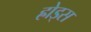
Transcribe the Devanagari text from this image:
ह्रोड्स